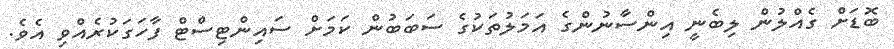
ބޮޑަށް ގެއްލުން ލިބެނީ އިންސާނުންގެ އަމަލުތަކުގެ ސަބަބުން ކަމަށް ސައިންޓިސްޓް ފާހަގަކުރެއްވި އެވެ.